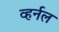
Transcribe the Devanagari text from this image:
व्हर्नल